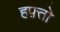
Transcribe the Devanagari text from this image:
हफ़्तो